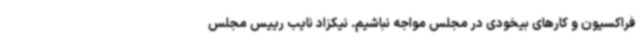
فراکسیون و کارهای بیخودی در مجلس مواجه نباشیم. نیکزاد نایب رییس مجلس